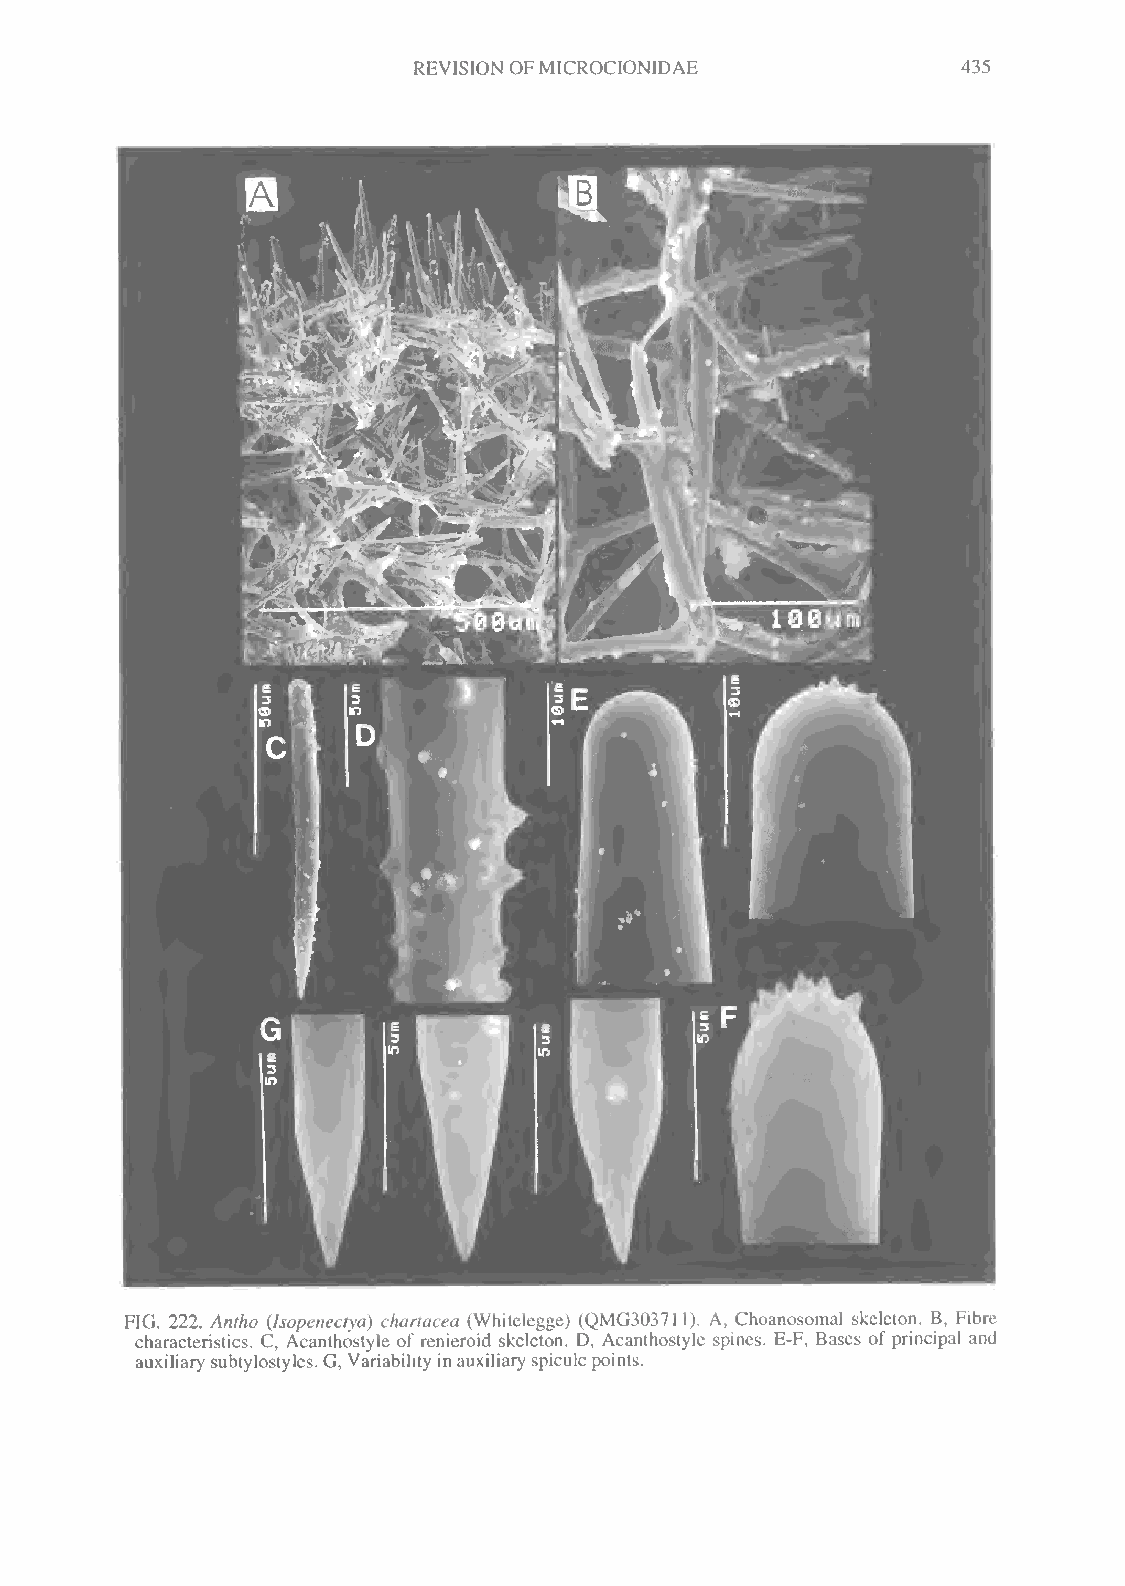
REVISION OFMICROCIONIDAE             435
 FIG. 222. Antho (Jsopenectya) chartacea (Whilelegge) (QMG303711). A, Choanosomal skeleton. B, Fibre
 characteristics. C, Acanthostyle of renieroid skeleton. D, Acanthostyle spines. E-F, Bases of principal and
 auxiliary subtylostyles. G, Variability inauxiliary spiculepoints.